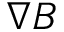
\nabla B